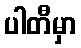
ပါတီမှာ